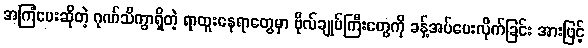
အကြံပေးဆိုတဲ့ ဂုဏ်သိက္ခာရှိတဲ့ ရာထူးနေရာတွေမှာ ဗိုလ်ချုပ်ကြီးတွေကို ခန့်အပ်ပေးလိုက်ခြင်း အားဖြင့်